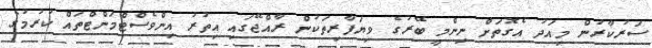
ސަރުކާރުން މިއަދު އެގޮތަށް ނިންމީ ބޭރުގެ ވިޔަފާރިތަކުން ރާއްޖޭގައި އިތުރު އިންވެސްޓްމަންޓްތައް ކުރުމުގެ